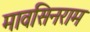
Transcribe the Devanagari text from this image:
मावसिनराम